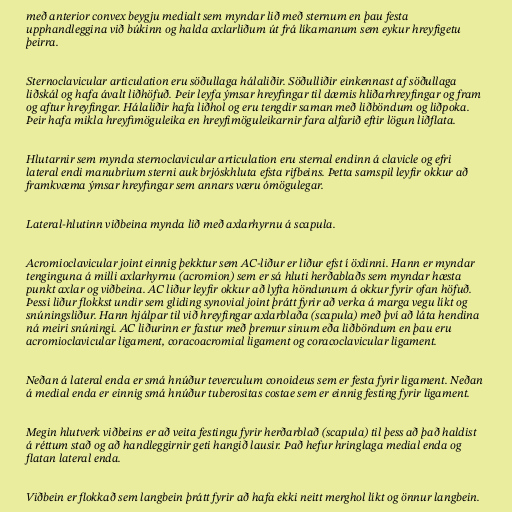
með anterior convex beygju medialt sem myndar lið með sternum en þau festa
upphandleggina við búkinn og halda axlarliðum út frá líkamanum sem eykur hreyfigetu
þeirra.

Sternoclavicular articulation eru söðullaga hálaliðir. Söðulliðir einkennast af söðullaga
liðskál og hafa ávalt liðhöfuð. Þeir leyfa ýmsar hreyfingar til dæmis hliðarhreyfingar og fram
og aftur hreyfingar. Hálaliðir hafa liðhol og eru tengdir saman með liðböndum og liðpoka.
Þeir hafa mikla hreyfimöguleika en hreyfimöguleikarnir fara alfarið eftir lögun liðflata.

Hlutarnir sem mynda sternoclavicular articulation eru sternal endinn á clavicle og efri
lateral endi manubrium sterni auk brjóskhluta efsta rifbeins. Þetta samspil leyfir okkur að
framkvæma ýmsar hreyfingar sem annars væru ómögulegar.

Lateral-hlutinn viðbeina mynda lið með axlarhyrnu á scapula.

Acromioclavicular joint einnig þekktur sem AC-liður er liður efst í öxlinni. Hann er myndar
tenginguna á milli axlarhyrnu (acromion) sem er sá hluti herðablaðs sem myndar hæsta
punkt axlar og viðbeina. AC liður leyfir okkur að lyfta höndunum á okkur fyrir ofan höfuð.
Þessi liður flokkst undir sem gliding synovial joint þrátt fyrir að verka á marga vegu líkt og
snúningsliður. Hann hjálpar til við hreyfingar axlarblaða (scapula) með því að láta hendina
ná meiri snúningi. AC liðurinn er fastur með þremur sinum eða liðböndum en þau eru
acromioclavicular ligament, coracoacromial ligament og coracoclavicular ligament.

Neðan á lateral enda er smá hnúður teverculum conoideus sem er festa fyrir ligament. Neðan
á medial enda er einnig smá hnúður tuberositas costae sem er einnig festing fyrir ligament.

Megin hlutverk viðbeins er að veita festingu fyrir herðarblað (scapula) til þess að það haldist
á réttum stað og að handleggirnir geti hangið lausir. Það hefur hringlaga medial enda og
flatan lateral enda.

Viðbein er flokkað sem langbein þrátt fyrir að hafa ekki neitt merghol líkt og önnur langbein.